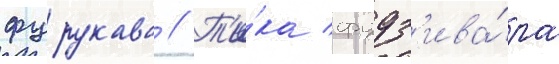
фурукава // Т'и́ка фудз'ива́ра